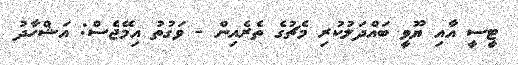
ޓީސީ އާއި ޔޫވީ ބައްދަލުކުރި މެޗުގެ ތެރެއިން - ވަގުތު އިމޭޖެސް: އަޝްހާދު